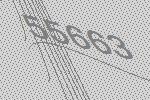
55663